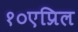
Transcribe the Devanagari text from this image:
१०एप्रिल